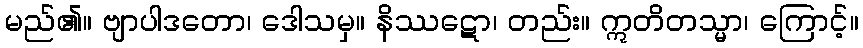
မည်၏။ ဗျာပါဒတော၊ ဒေါသမှ။ နိဿဋော၊ တည်း။ ဣတိတသ္မာ၊ ကြောင့်။